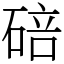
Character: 碚